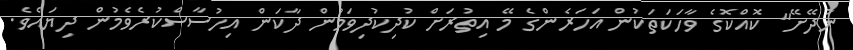
ނުދޭށޭ" ކޮއްކޮގެ ވާހަކަތަކުން އަހަރެންގެ މޭ އިތުރަށް ކުދިކުދިވަމުން ދާކަން އިހުސާސްކުރެވެމުން ދިޔައެވެ.